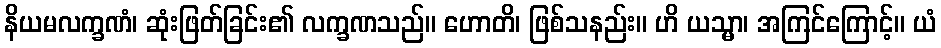
နိယမလက္ခဏံ၊ ဆုံးဖြတ်ခြင်း၏ လက္ခဏသည်။ ဟောတိ၊ ဖြစ်သနည်း။ ဟိ ယသ္မာ၊ အကြင်ကြောင့်။ ယံ